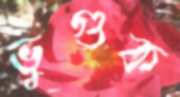
ভুগুক